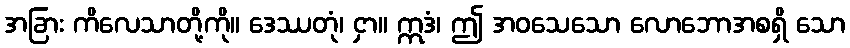
အခြား ကိလေသာတို့ကို။ ဒေဿတုံ၊ ငှာ။ ဣဒံ၊ ဤ အဝသေသော လောဘောအစရှိ သော